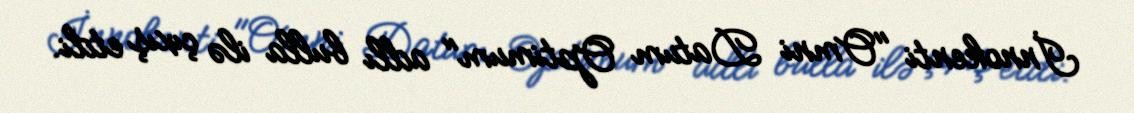
İnnokenti "Omni Datum Optimum" adlı bulla ilə çıxış etdi.